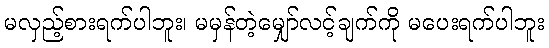
မလှည့်စားရက်ပါဘူး၊ မမှန်တဲ့မျှော်လင့်ချက်ကို မပေးရက်ပါဘူး